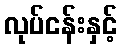
လုပ်ငန်းနှင့်